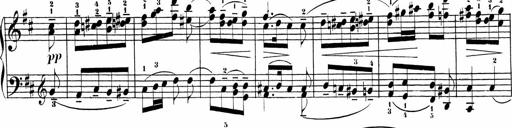
Title: Sonatinas
Composer: Andrew Violette